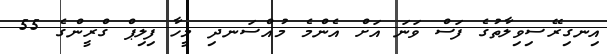
އިނގިރޭސިވިލާތުގެ ފަސް ވަނަ އަށް އެންމެ މުއްސަނދި މީހާ ފިލިޕް ގްރީންގެ 55